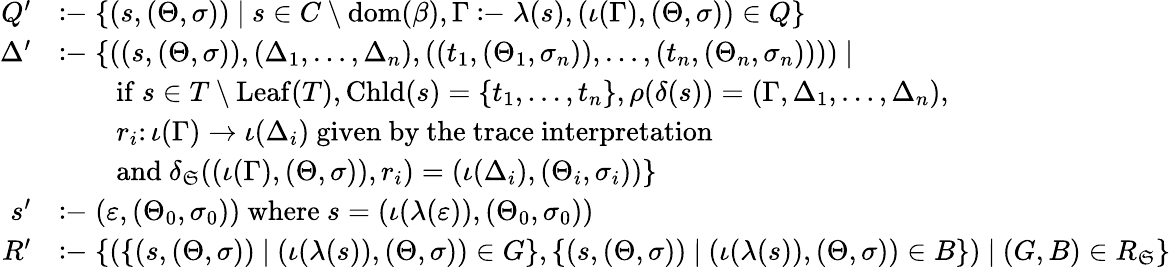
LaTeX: \begin{array}{rl}{Q^{\prime}}&{\coloneq\{ (s,(\Theta,\sigma))~|~s\in C\setminus\mathrm{dom}(\beta),\Gamma\coloneq\lambda(s),(\iota(\Gamma),(\Theta,\sigma))\in Q\} }\\ {\Delta^{\prime}}&{\coloneq\{ ((s,(\Theta,\sigma)),(\Delta_{1},\ldots,\Delta_{n}),((t_{1},(\Theta_{1},\sigma_{n})),\ldots,(t_{n},(\Theta_{n},\sigma_{n}))))~|~}\\ &{\qquad\mathrm{if~}s\in T\setminus\mathrm{Leaf}(T),\mathrm{Chld}(s)=\{ t_{1},\ldots,t_{n}\} ,\rho(\delta(s))=(\Gamma,\Delta_{1},\ldots,\Delta_{n}),}\\ &{\qquad r_{i}\colon\iota(\Gamma)\to\iota(\Delta_{i})\mathrm{~given~by~the~trace~interpretation~}}\\ &{\qquad\mathrm{and~}\delta_{\mathfrak{S}}((\iota(\Gamma),(\Theta,\sigma)),r_{i})=(\iota(\Delta_{i}),(\Theta_{i},\sigma_{i}))\} }\\ {s^{\prime}}&{\coloneq(\varepsilon,(\Theta_{0},\sigma_{0}))\mathrm{~where~}s=(\iota(\lambda(\varepsilon)),(\Theta_{0},\sigma_{0}))}\\ {R^{\prime}}&{\coloneq\{ (\{ (s,(\Theta,\sigma))~|~(\iota(\lambda(s)),(\Theta,\sigma))\in G\} ,\{ (s,(\Theta,\sigma))~|~(\iota(\lambda(s)),(\Theta,\sigma))\in B\} )~|~(G,B)\in R_{\mathfrak{S}}\} }\end{array}